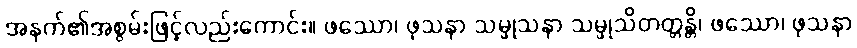
အနက်၏အစွမ်းဖြင့်လည်းကောင်း။ ဖဿော၊ ဖုသနာ သမ္ဖုသနာ သမ္ဖုသိတတ္တန္တိ၊ ဖဿော၊ ဖုသနာ